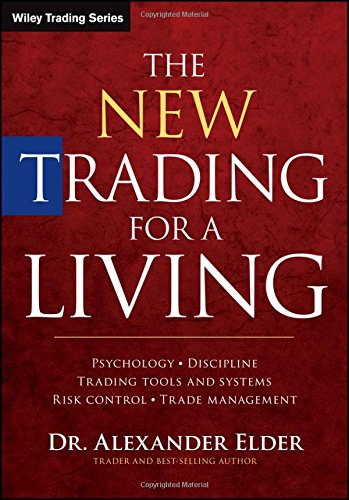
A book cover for The New Trading for a Living: Psychology, Discipline, Trading Tools and Systems, Risk Control, Trade Management (Wiley Trading); Alexander Elder; Business & Money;